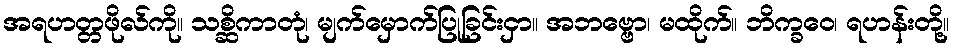
အရဟတ္တဖိုလ်ကို။ သစ္ဆိကာတုံ၊ မျက်မှောက်ပြုခြင်းငှာ။ အဘဗ္ဗော၊ မထိုက်။ ဘိက္ခဝေ၊ ရဟန်းတို့။